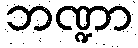
ဘဏ္ဍာ